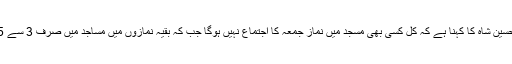
وزیر اطلاعات سندھ ناصر حسین شاہ کا کہنا ہے کہ کل کسی بھی مسجد میں نماز جمعہ کا اجتماع نہیں ہوگا جب کہ بقیہ نمازوں میں مساجد میں صرف 3 سے 5 افراد نماز ادا کرسکیں گے۔